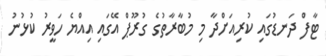
ޓާފް ދަނޑުގައި ކުރިއަށްދާ މި މުބާރާތުގެ ގުރޫޕް އޭގައި އިއްޔެ ހަވީރު ކުޅުނު